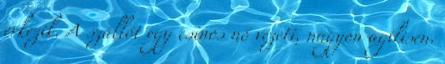
érkezik. A szállót egy csinos nő vezeti, nagyon agilisen.